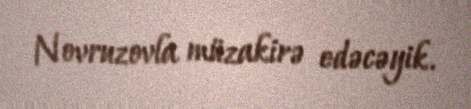
Novruzovla müzakirə edəcəyik.